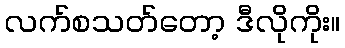
လက်စသတ်တော့ ဒီလိုကိုး။